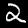
Digit: 2